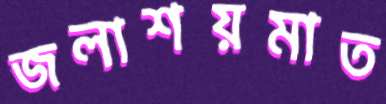
জলাশয়মাত